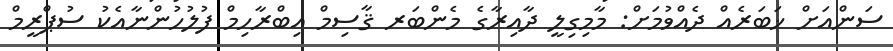
ސަންއަށް ޚަބަރެއް ދެއްވުމަށް: މާމިގިލީ ދާއިރާގެ މެންބަރ ޤާސިމް އިބްރާހިމް ފުލުހުންނާއެކު ސުޕްރީމް